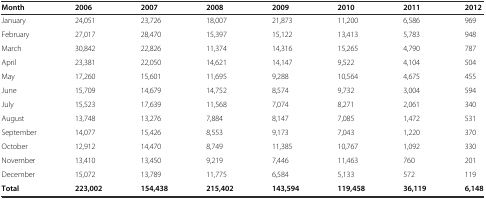
<table><thead><tr><td><b>Month</b></td><td><b>2006</b></td><td><b>2007</b></td><td><b>2008</b></td><td><b>2009</b></td><td><b>2010</b></td><td><b>2011</b></td><td><b>2012</b></td></tr></thead><tbody><tr><td>January</td><td>24,051</td><td>23,726</td><td>18,007</td><td>21,873</td><td>11,200</td><td>6,586</td><td>969</td></tr><tr><td>February</td><td>27,017</td><td>28,470</td><td>15,397</td><td>15,122</td><td>13,413</td><td>5,783</td><td>948</td></tr><tr><td>March</td><td>30,842</td><td>22,826</td><td>11,374</td><td>14,316</td><td>15,265</td><td>4,790</td><td>787</td></tr><tr><td>April</td><td>23,381</td><td>22,050</td><td>14,621</td><td>14,147</td><td>9,522</td><td>4,104</td><td>504</td></tr><tr><td>May</td><td>17,260</td><td>15,601</td><td>11,695</td><td>9,288</td><td>10,564</td><td>4,675</td><td>455</td></tr><tr><td>June</td><td>15,709</td><td>14,679</td><td>14,752</td><td>8,574</td><td>9,732</td><td>3,004</td><td>594</td></tr><tr><td>July</td><td>15,523</td><td>17,639</td><td>11,568</td><td>7,074</td><td>8,271</td><td>2,061</td><td>340</td></tr><tr><td>August</td><td>13,748</td><td>13,276</td><td>7,884</td><td>8,147</td><td>7,085</td><td>1,472</td><td>531</td></tr><tr><td>September</td><td>14,077</td><td>15,426</td><td>8,553</td><td>9,173</td><td>7,043</td><td>1,220</td><td>370</td></tr><tr><td>October</td><td>12,912</td><td>14,470</td><td>8,749</td><td>11,385</td><td>10,767</td><td>1,092</td><td>330</td></tr><tr><td>November</td><td>13,410</td><td>13,450</td><td>9,219</td><td>7,446</td><td>11,463</td><td>760</td><td>201</td></tr><tr><td>December</td><td>15,072</td><td>13,789</td><td>11,775</td><td>6,584</td><td>5,133</td><td>572</td><td>119</td></tr><tr><td><b>Total</b></td><td><b>223,002</b></td><td><b>154,438</b></td><td><b>215,402</b></td><td><b>143,594</b></td><td><b>119,458</b></td><td><b>36,119</b></td><td><b>6,148</b></td></tr></tbody></table>